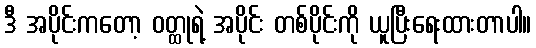
ဒီ အပိုင်းကတော့ ဝတ္ထုရဲ့ အပိုင်း တစ်ပိုင်းကို ယူပြီးရေးထားတာပါ။